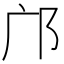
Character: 邝